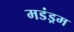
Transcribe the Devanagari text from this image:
मडंड्रम